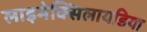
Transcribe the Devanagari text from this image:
लाइमेक्सिलायडिया